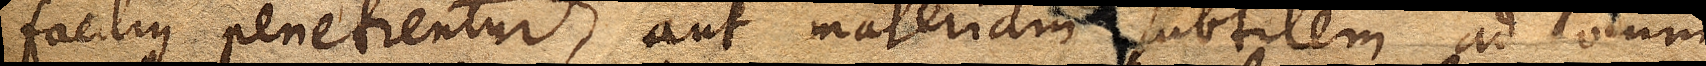
facilius penetrentur, aut materiam subtilem ad locum